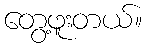
တွေ့ဖူးတယ်။